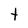
Character: t